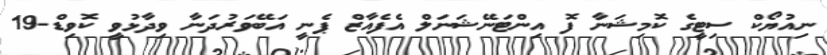
ނިއުޔޯކް ސިޓީގެ ކޮމިޝަނާ ފޮ އިންޓަނޭޝަނަލް އެފެއާޒް ޕެނީ އަބޭވަރުދަނާ ވިދާޅުވީ ކޮވިޑް-19